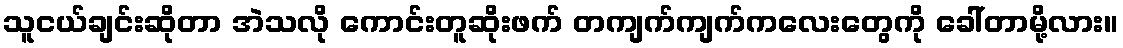
သူငယ်ချင်းဆိုတာ အဲသလို ကောင်းတူဆိုးဖက် တကျက်ကျက်ကလေးတွေကို ခေါ်တာမို့လား။